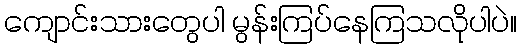
ကျောင်းသားတွေပါ မွန်းကြပ်နေကြသလိုပါပဲ။